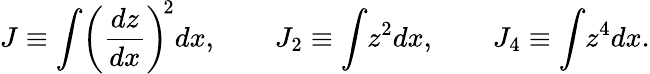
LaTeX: \begin{array}{l}{\displaystyle{J\equiv\int\! \bigg(\frac{dz}{dx}\bigg)^{\! 2}dx,\qquad J_{2}\equiv\int\! z^{2}dx,\qquad J_{4}\equiv\int\! z^{4}dx.}}\end{array}